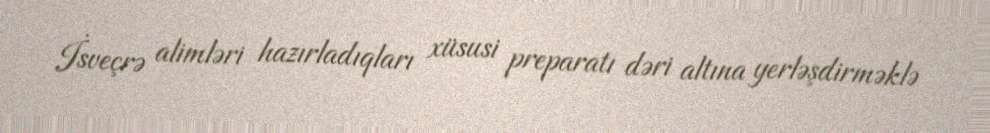
İsveçrə alimləri hazırladıqları xüsusi preparatı dəri altına yerləşdirməklə